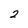
Character: 2